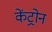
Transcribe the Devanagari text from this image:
केंट्रोन